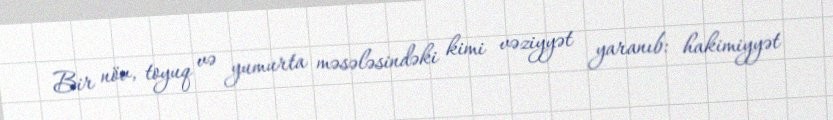
Bir növ, toyuq və yumurta məsələsindəki kimi vəziyyət yaranıb: hakimiyyət